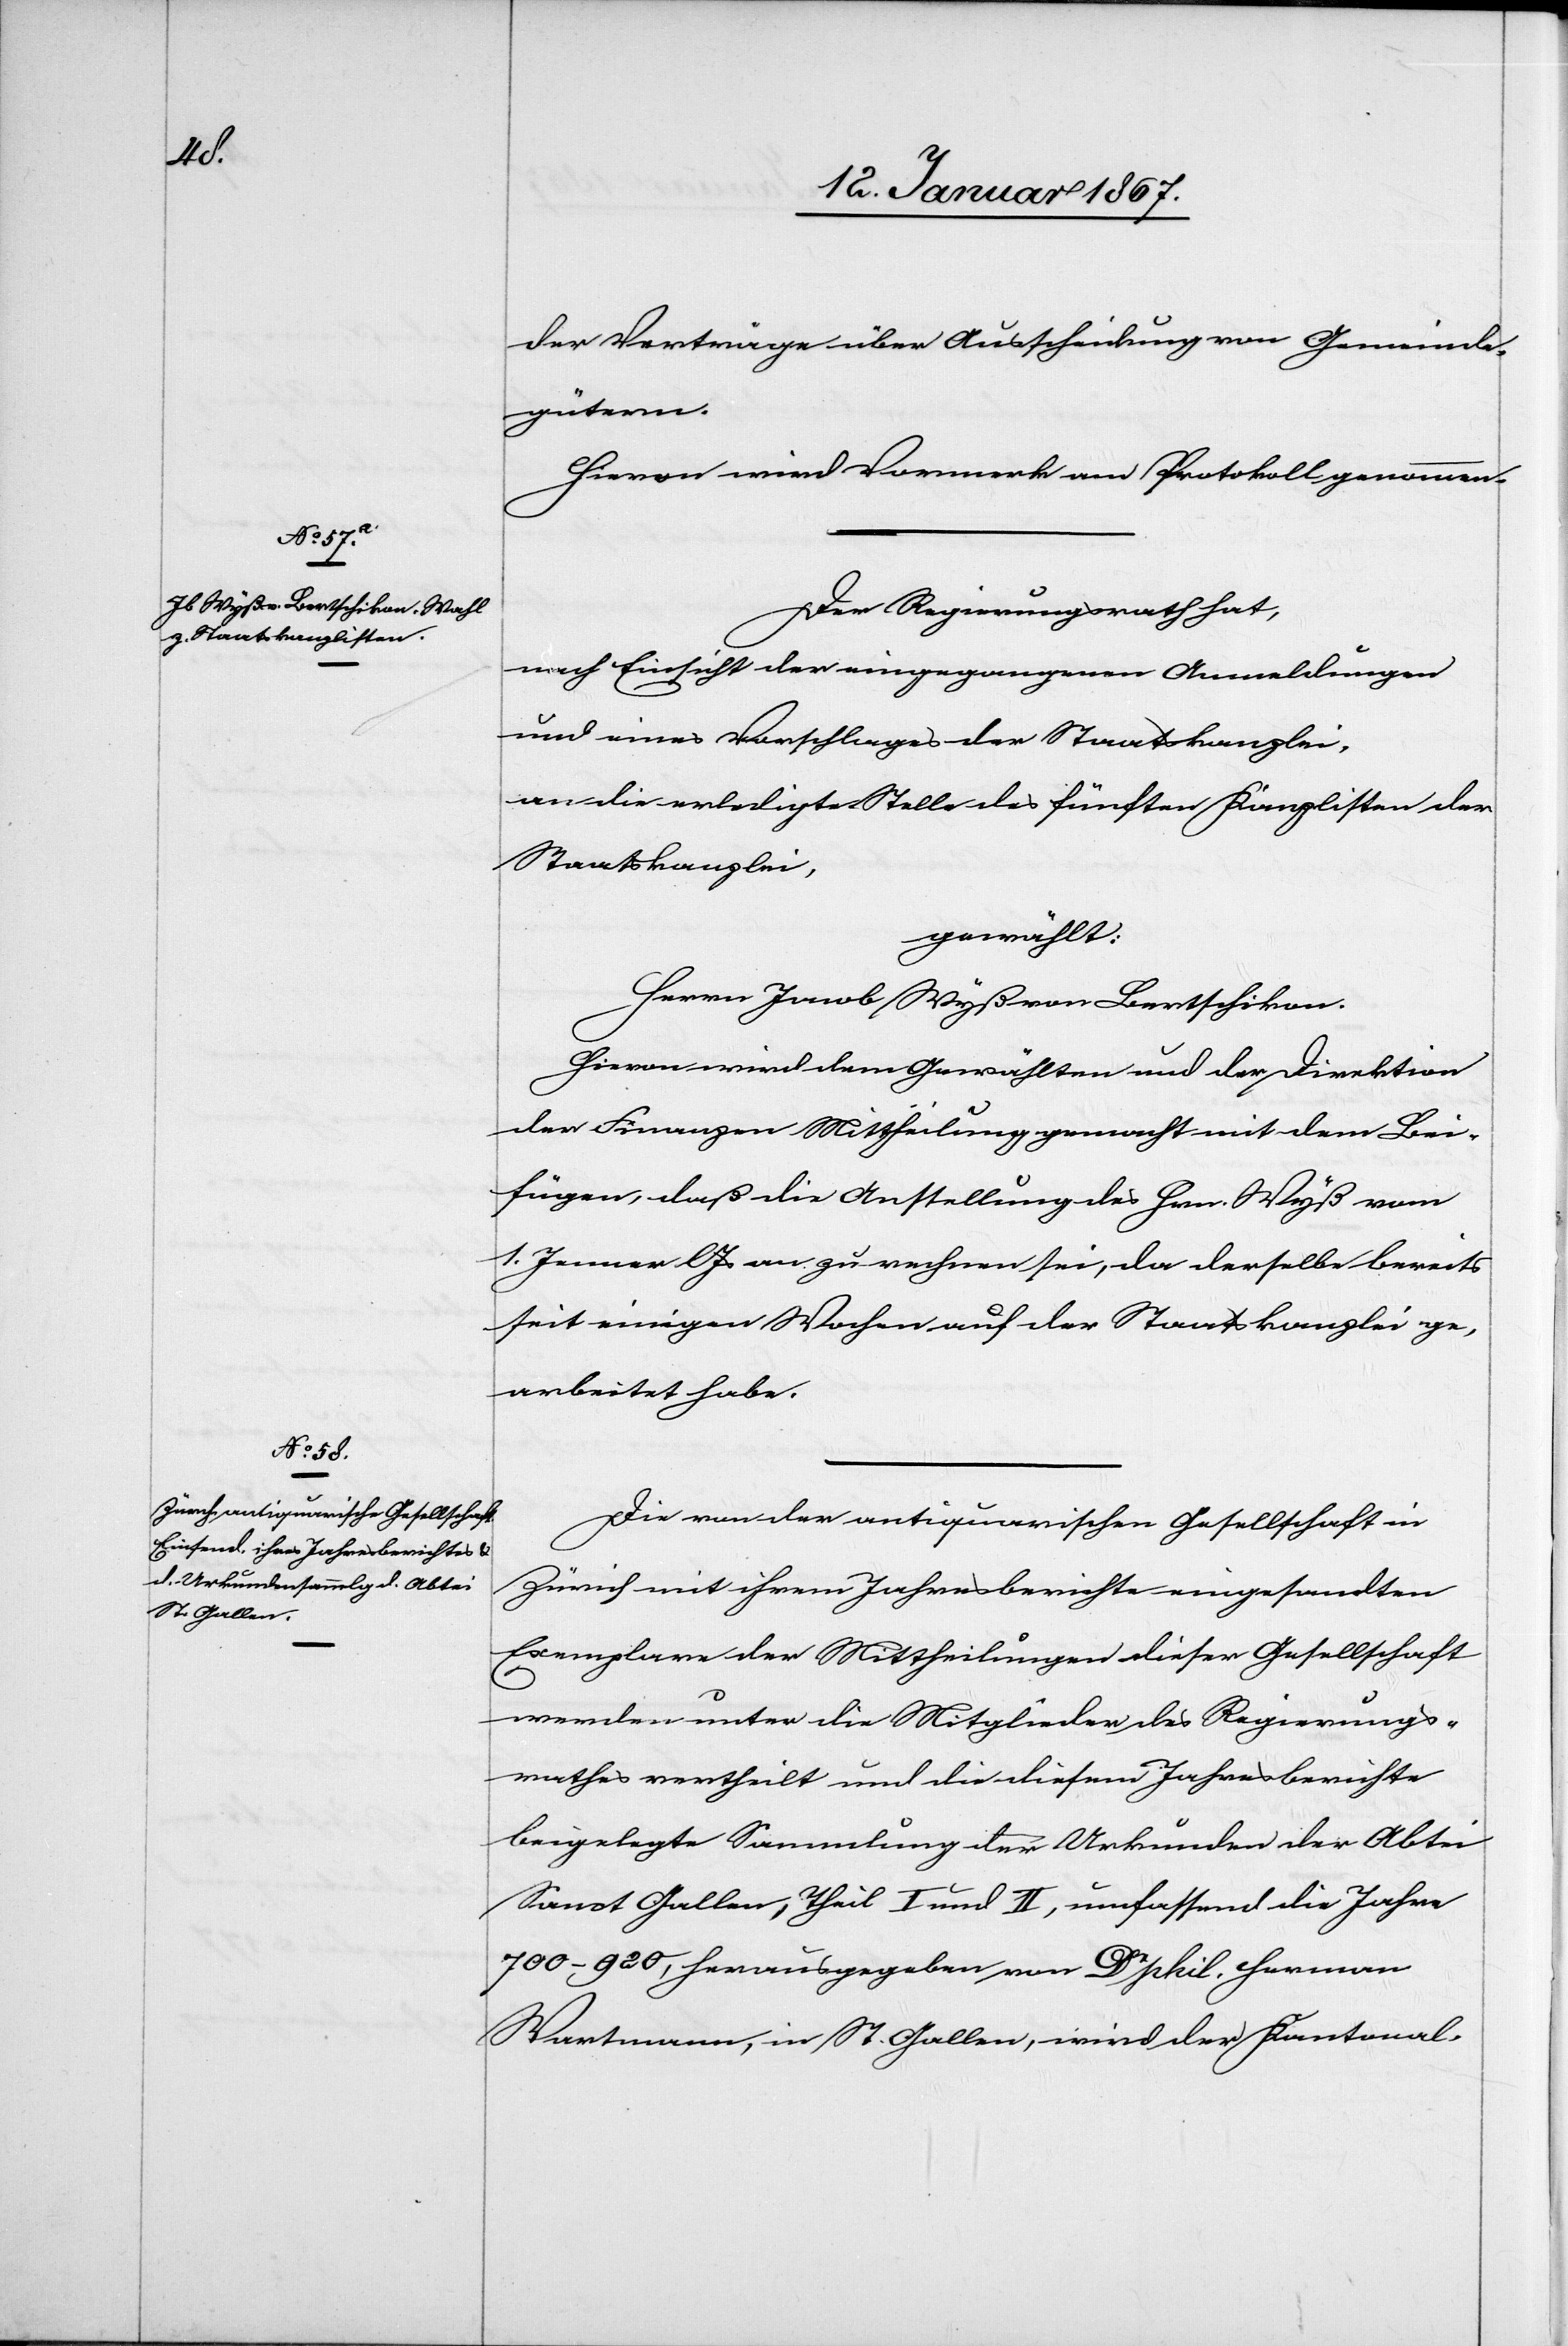
der Verträge über Ausscheidung von Gemeinde¬
gütern.
Hievon wird Vormerk am Protokoll genommen.
Der Regierungsrath hat,
nach Einsicht der eingegangenen Anmeldungen
und eines Vorschlages der Staatskanzlei,
an die erledigte Stelle des fünften Kanzlisten der
Staatskanzlei,
gewählt:
Herrn Jacob Wyß von Bertschikon.
Hievon wird dem Gewählten und der Direktion
der Finanzen Mittheilung gemacht mit dem Bei¬
fügen, daß die Anstellung des Hrn. Wyß vom
1. Jenner l. Js. an zu rechnen sei, da derselbe bereits
seit einigen Wochen auf der Staatskanzlei ge¬
arbeitet habe.
Die von der antiquarischen Gesellschaft in
Zürich mit ihrem Jahresberichte eingesandten
Exemplare der Mittheilungen dieser Gesellschaft
werden unter die Mitglieder des Regierungs¬
rathes vertheilt und die diesem Jahresberichte
beigelegte Sammlung der Urkunden der Abtei
Sanct Gallen, Theil I und II, umfassend die Jahre
700–920, herausgegeben von Dr phil. Herman
Wartmann, in St. Gallen, wird der Kantonal-